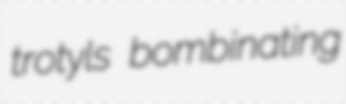
trotyls bombinating